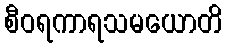
စီဝရကာရသမယောတိ